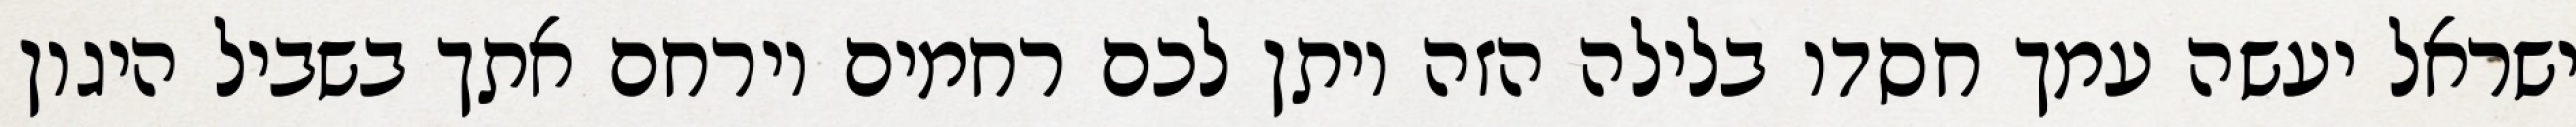
ישראל יעשה עמך חסדו בלילה הזה ויתן לכם רחמים וירחם אתך בשביל היגון